Burma Government Medical School reports 1923-41
Year: 1923
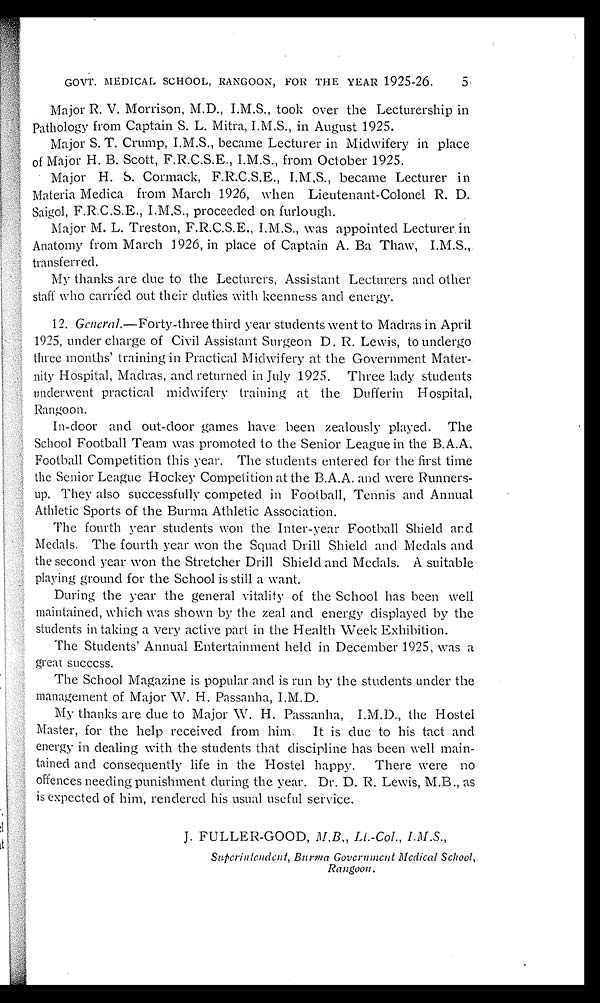
GOVT. MEDICAL SCHOOL, RANGOON, FOR THE YEAR 1925-26.
5
Major R. V. Morrison, M.D., I.M.S., took over the Lecturership in
Pathology from Captain S. L. Mitra, I.M.S., in August 1925.
Major S. T. Crump, I.M.S., became Lecturer in Midwifery in place
of Major H. B. Scott, F.R.C.S.E., I.M.S., from October 1925.
Major H. S. Cormack, F.R.C.S.E., I.M.S., became Lecturer in
Materia Medica from March 1926, when Lieutenant-Colonel R. D.
Saigol, F.R.C.S.E., I.M.S., proceeded on furlough.
Major M. L. Treston, F.R.C.S.E., I.M.S., was appointed Lecturer in
Anatomy from March 1926, in place of Captain A. Ba Thaw, I.M.S.,
transferred.
My thanks are due to the Lecturers, Assistant Lecturers and other
staff who carried out their duties with keenness and energy.
12. General.—Forty-three third year students went to Madras in April
1925, under charge of Civil Assistant Surgeon D. R Lewis, to undergo
three months' training in Practical Midwifery at the Government Mater
-nity Hospital, Madras, and returned in July 1925. Three lady students
underwent practical midwifery training at the Dufferin Hospital,
Rangoon.
In-door and out-door games have been zealously played. The
School Football Team was promoted to the Senior League in the B.A.A.
Football Competition this year. The students entered for the first time
the Senior League Hockey Competition at the B.A.A. and were Runners-
u p . T h e y a l s o s u c c e s s f u l l y c o m p e t e d i n F o o t b a l l , T e n n i s a n d A n n u a l
Athletic Sports of the Burma Athletic Association.
The fourth year students won the Inter-year Football Shield and
Medals. The fourth year won the Squad Drill Shield and Medals and
the second year won the Stretcher Drill Shield and Medals. A suitable
playing ground for the School is still a want.
During the year the general vitality of the School has been well
maintained, which was shown by the zeal and energy displayed by the
students in taking a very active part in the Health Week Exhibition.
The Students' Annual Entertainment held in December 1925, was a
great success.
The School Magazine is popular and is run by the students under the
management of Major W. H. Passanha, I.M.D.
My thanks are due to Major W. H. Passanha, I.M.D., the Hostel
Master, for the help received from him. It is due to his tact and
energy in dealing with the students that discipline has been well main
- t a i n e d a n d c o n s e q u e n t l y l i f e i n t h e H o s t e l h a p p y . T h e r e w e r e n o
offences needing punishment during the year. Dr. D. R. Lewis, M.B., as
is expected of him, rendered his usual useful service.
J. FULLER-GOOD, M,B.,
L t . - C o l . , I . M . S . , S u p e r i n t e n d e n t , B u r m a G o v e r n m e n t M e d i c a l S c h o o l ,
Rangoon.